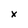
Character: x